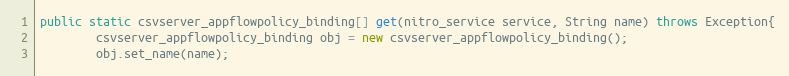
Language: Java
public static csvserver_appflowpolicy_binding[] get(nitro_service service, String name) throws Exception{
		csvserver_appflowpolicy_binding obj = new csvserver_appflowpolicy_binding();
		obj.set_name(name);